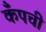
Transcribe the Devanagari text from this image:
कँपची